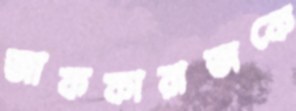
জাফফারাজকে